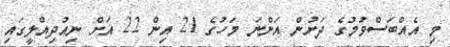
މި އެއްބަސްވުމުގެ ދަށުން އަންނަ މަހުގެ 21 އިން 22 އަށް ނިއުދިއްލީގައި